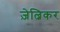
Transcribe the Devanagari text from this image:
ज़ेल्निकर